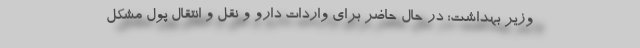
وزیر بهداشت: در حال حاضر برای واردات دارو و نقل و انتقال پول مشکل